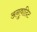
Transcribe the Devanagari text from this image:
अनुवादिट